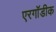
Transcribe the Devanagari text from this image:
एरगॉडीक